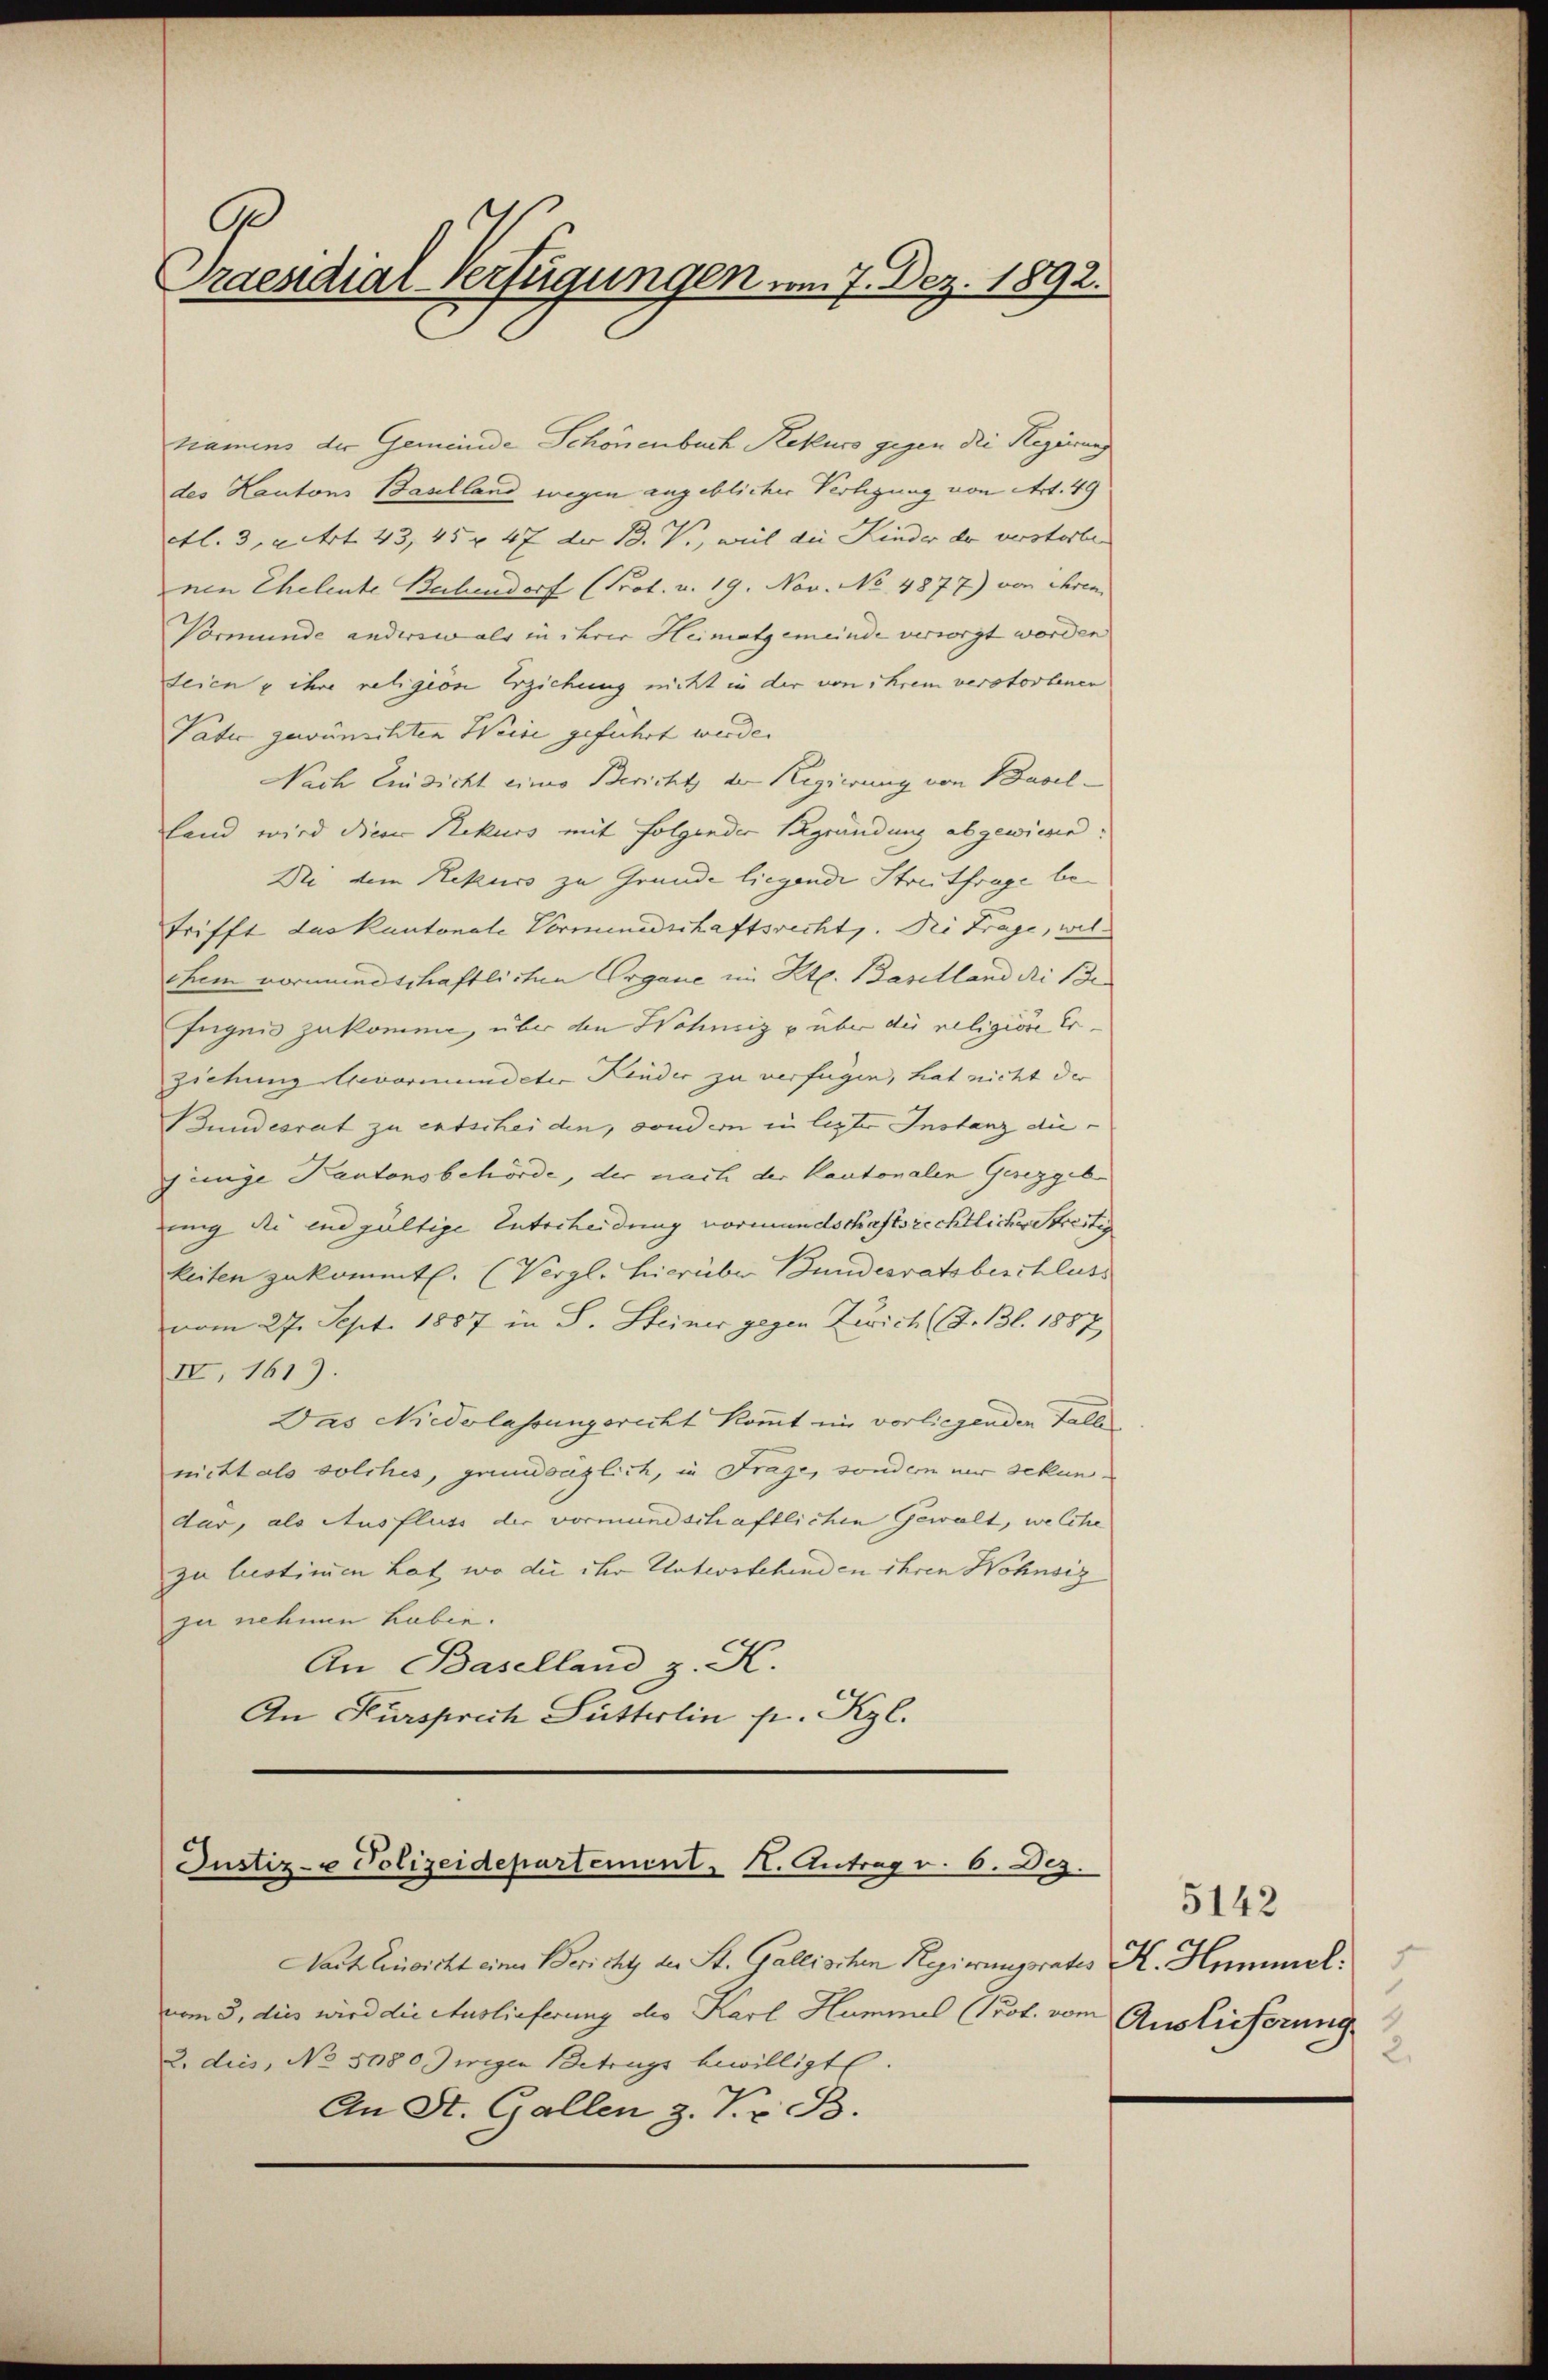
D
raesidial-Verfügungen vom 7. Dez. 1892.

kramens der Gemeinde Schönenbuch Rekurs gegen die Regierung
des Kantons Baselland wegen angeblicher Verlegung von Art. 49
ctl. 3, Art. 43, 45 x 47 der B. V., weil die Kinder der verstorben
nen Eheleute Bechendorf (Prot. v. 19. Nov. No 4877) von ihren
Vormunde anderswo als in ihrer Heimatgemeinde versorgt worden
seien & ihre religion Erziehung nicht in der von ihrem verstorbenen
Vater gewünschten Weise geführt werde.
Nach Einsicht einer Bericht der Regierung von Baselland wird diese Rekurs mit folgender Begründung abgewiesen:
Di dem Rekurs zu Grunde liegende Streitfrage betrifft das kantonale Vormundschaftsrecht. Die Frage, welchem vormundschaftlichen Organe im Kt. Baselland die Befügen zukomme, über den Wohnung u über die religione Er-
ziehung Bevormundeter Kinder zu verfügen, hat nicht der
Bundesrat zu entscheiden, sondern in lezter Instanz die
jinige Kantonsbehörde, der nach der Kantonalen Gesezgeb
mig die endgültige Entscheidung vormundschaftsrechtliche Streiten
keiten zukommt. (Vergl. hierüber Bundesratsbeschluss
vom 27. Sept. 1887 in S. Steiner gegen Zürich (S. Bl. 1887
II, 161).
Das Niederlassungsrecht kommt ein vorliegenden Falle
mitt als solches, grundsaglich, in Frage, sondern nur sekundar, als Ausfluss der vormundschaftlichen Gewalt, welche
zu bestimen Lat, wo die ihr Unterstehenden ihren Hohnsiz
zu nehmen haben.
An Baselland z. K.
An Kursprech Sutterlin pr. Kzl.

Justiz- & Polizeidepartement H. Antrag v. 6. Dez.

Nach Einsicht einer Bericht der St. Gallischen Regierungsrates K. Homol
vom 3. dies wird die Auslieferung des Karl Hammel (Prot. vom
2. dies, No 5080 wegen Betrugs bewilligt.
An St. Gallen z. Pr. B.

5142
Auslieferung
1
2.